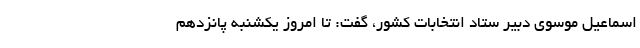
اسماعیل موسوی دبیر ستاد انتخابات کشور، گفت: تا امروز یکشنبه پانزدهم